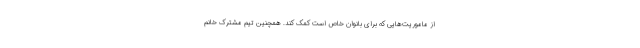
از ماموریت‌هایی که برای بانوان خاص است کمک کند. همچنین تیم مشترک خانم